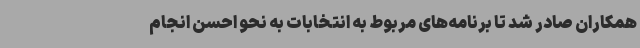
همکاران صادر شد تا برنامه‌های مربوط به انتخابات به نحو احسن انجام